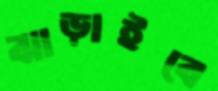
ঝাড়াইবে